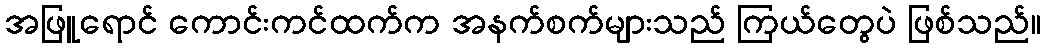
အဖြူရောင် ကောင်းကင်ထက်က အနက်စက်များသည် ကြယ်တွေပဲ ဖြစ်သည်။